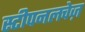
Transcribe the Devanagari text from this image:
स्टीपनलचेज़